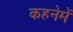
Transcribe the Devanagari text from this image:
कहनेमें